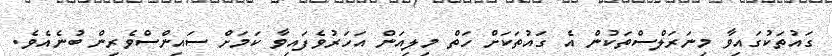
ގައުތަކުގައިވާ މިނަރަލްސްތަކުން އެ ގައުތަކަށް ހަތް މިލިއަން އަހަރުވެފައިވާ ކަމަށް ސައިންސްވެރިން ބުނެއެވެ.